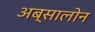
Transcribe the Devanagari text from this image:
अब्सालोन